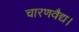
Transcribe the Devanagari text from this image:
चारणवैद्य।